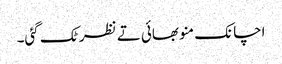
اچانک منو بھائی تے نظر ٹک گئی۔